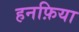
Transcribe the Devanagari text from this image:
हनफ़िया